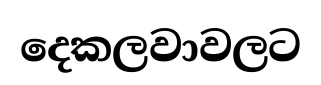
දෙකලවාවලට